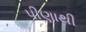
પીણાથી